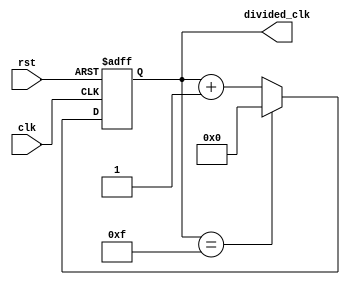
module ripple_counter (
    input wire clk,
    input wire rst,
    output wire [3:0] divided_clk
);

reg [3:0] count;

always @(posedge clk or posedge rst) begin
    if (rst) begin
        count <= 4'b0000;
    end else begin
        if (count == 4'b1111) begin
            count <= 4'b0000;
        end else begin
            count <= count + 1;
        end
    end
end

assign divided_clk = count;

endmodule